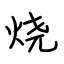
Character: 烧